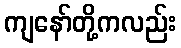
ကျနော်တို့ကလည်း